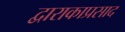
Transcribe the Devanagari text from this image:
द्वाराकाप्रसाद